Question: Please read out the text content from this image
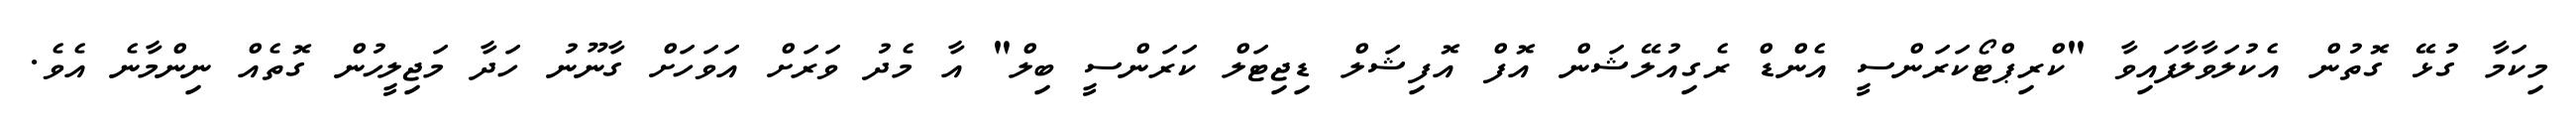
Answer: މިކަމާ ގުޅޭ ގޮތުން އެކުލަވާލާފައިވާ "ކްރިޕްޓޯކަރަންސީ އެންޑް ރެގިއުލޭޝަން އޮފް އޮފިޝަލް ޑިޖިޓަލް ކަރަންސީ ބިލް" އާ މެދު ވަރަށް އަވަހަށް ގާނޫނު ހަދާ މަޖިލީހުން ގޮތެއް ނިންމާނެ އެވެ.